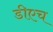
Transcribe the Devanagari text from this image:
डीएच